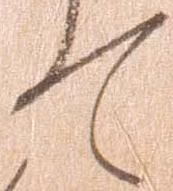
て